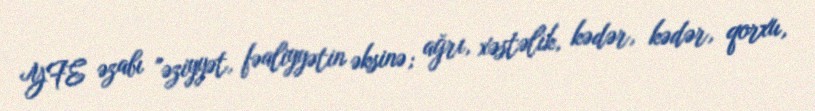
YFE əzabı "əziyyət, fəaliyyətin əksinə; ağrı, xəstəlik, kədər, kədər, qorxu,